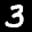
Label: 3